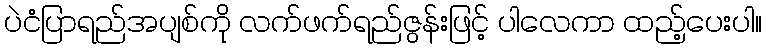
ပဲငံပြာရည်အပျစ်ကို လက်ဖက်ရည်ဇွန်းဖြင့် ပါလေကာ ထည့်ပေးပါ။